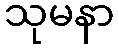
သုမနာ